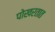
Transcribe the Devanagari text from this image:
पोखरतात